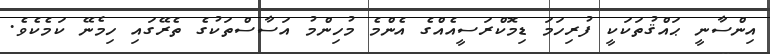
އިންސާނީ ޙައްޤުތަކަކީ ފުރިހަމަ ޑިމޮކްރަސީއެއްގެ އެންމެ މުހިންމު އަސާސްތަކުގެ ތެރޭގައި ހިމެނޭ ކަމެކެވެ.